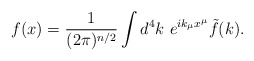
\begin{align*}f(x)=\frac{1}{(2\pi)^{n/2}}\int d^4k~e^{ik_{\mu}x^{\mu}}\tilde{f}(k).\end{align*}